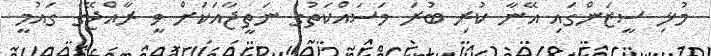
މުޅި ސީޒަންގައި އޭނާ ކުރި ބުރަ މަސައްކަތުގެ ނަތީޖާއަކަށް ވީ ރާއްޖޭގެ ގައުމީ